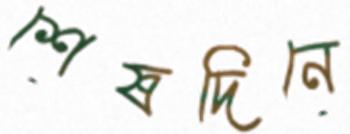
শেষদিনে